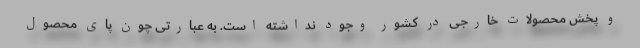
و پخش محصولات خارجی در کشور وجود نداشته است. به عبارتی چون پای محصول